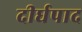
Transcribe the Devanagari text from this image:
दीर्घपाद